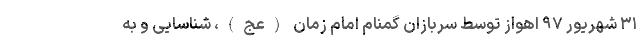
۳۱ شهریور ۹۷ اهواز توسط سربازان گمنام امام زمان (عج)، شناسایی و به